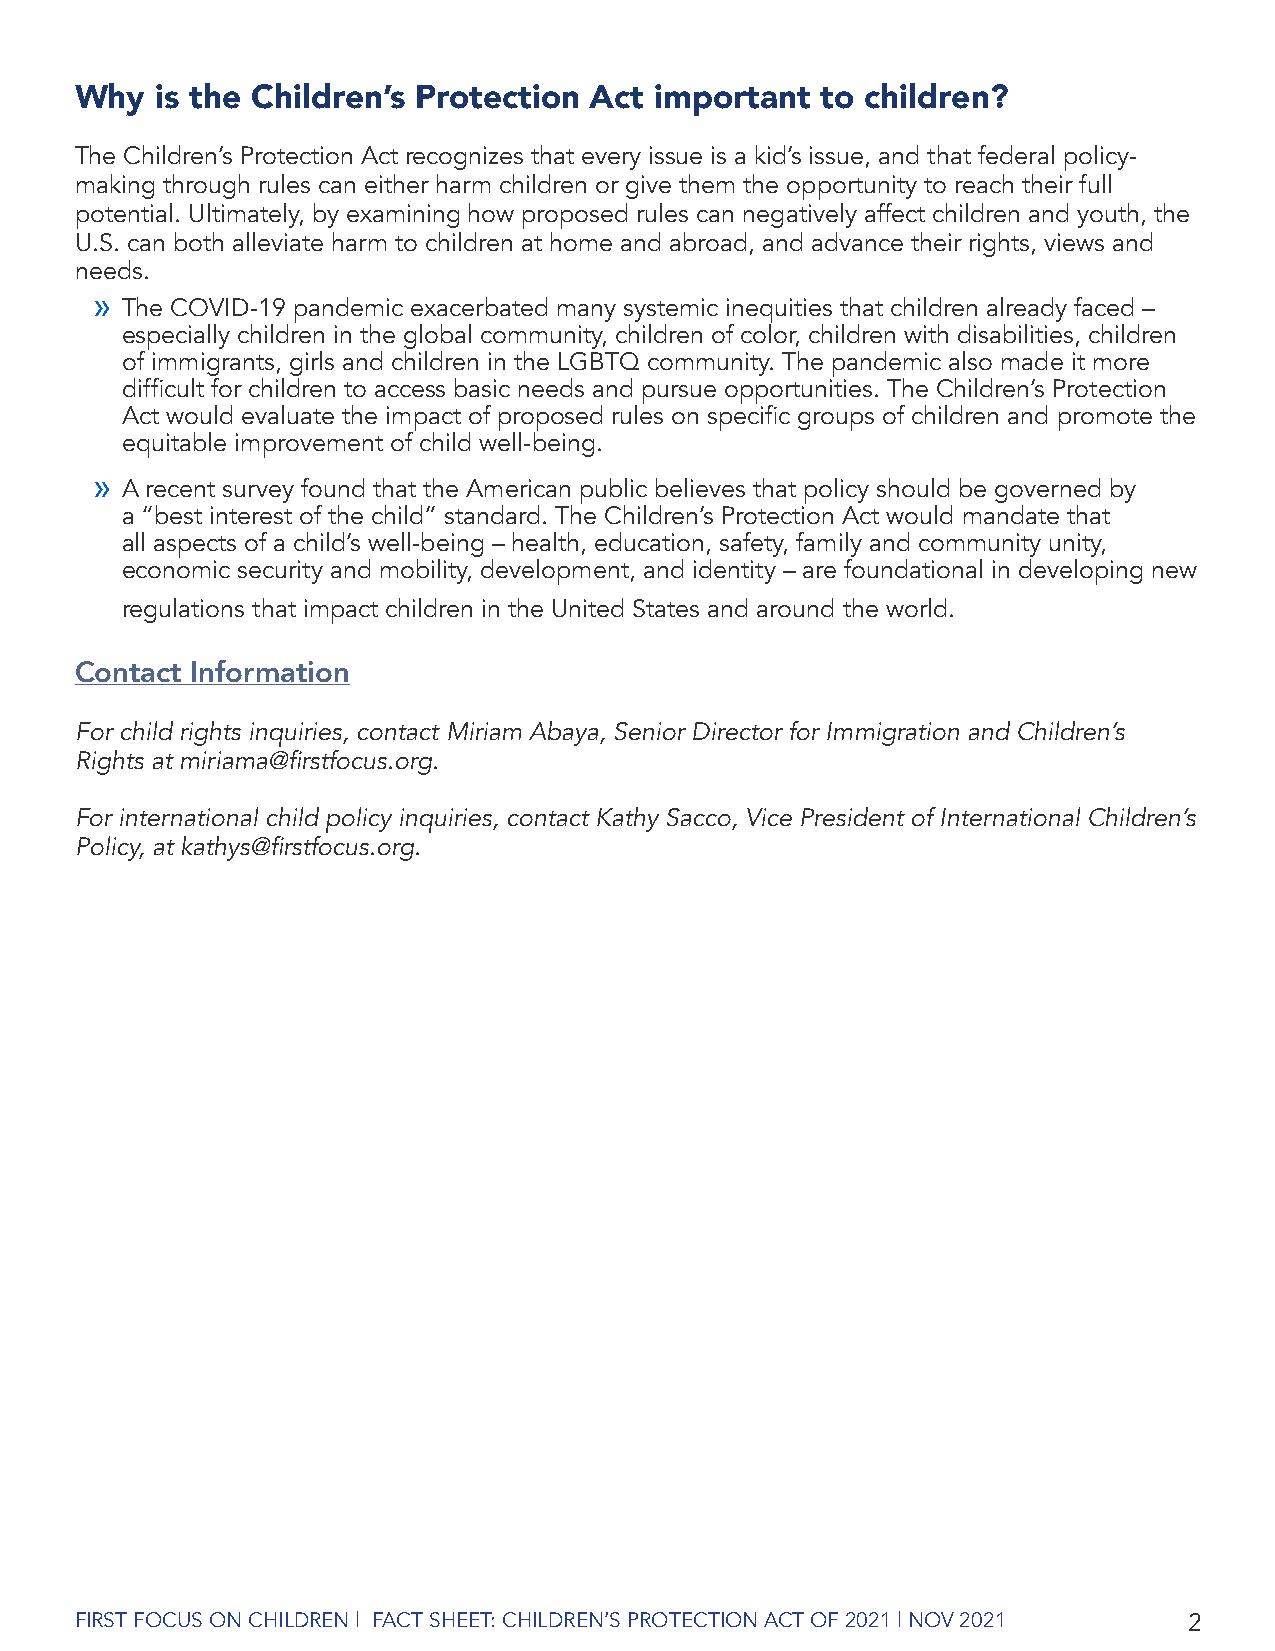
Why  is the Children’s Protection Act important  to children?
 The Children’s Protection Act recognizes that every issue is a kid’s issue, and that federal policy-
 making through rules can either harm children or give them the opportunity to reach their full
 potential. Ultimately, by examining how proposed rules can negatively affect children and youth, the
 U.S. can both alleviate harm to children at home and abroad, and advance their rights, views and
 needs.
 »
 The COVID-19 pandemic exacerbated many systemic inequities that children already faced –
 especially children in the global community, children of color, children with disabilities, children
 of immigrants, girls and children in the LGBTQ community. The pandemic also made it more
 difficult for children to access basic needs and pursue opportunities. The Children’s Protection
 Act would evaluate the impact of proposed rules on specific groups of children and promote the
 equitable improvement of child well-being.
 »
 A recent survey found that the American public believes that policy should be governed by
 a “best interest of the child” standard. The Children’s Protection Act would mandate that
 all aspects of a child’s well-being – health, education, safety, family and community unity,
 economic security and mobility, development, and identity – are foundational in developing new
 regulations that impact children in the United States and around the world.
 Contact Information
 For child rights inquiries, contact Miriam Abaya, Senior Director for Immigration and Children’s
 Rights at miriama@firstfocus.org.
 For international child policy inquiries, contact Kathy Sacco, Vice President of International Children’s
 Policy, at kathys@firstfocus.org.
 FIRST FOCUS ON CHILDREN | FACT SHEET: CHILDREN’S PROTECTION ACT OF 2021 | NOV 2021 2